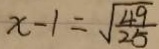
x - 1 = \sqrt { \frac { 4 9 } { 2 5 } }